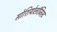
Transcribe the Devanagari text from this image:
सोशियोलॉजिस्ट